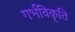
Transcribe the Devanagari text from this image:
गर्भविकृति